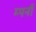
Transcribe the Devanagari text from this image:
म्पनी